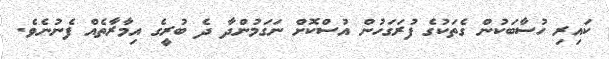
ކައިރި ހުސާބަކުން ގެތަކުގެ ފުރަގަހުން އުސްކޮށް ނަގަމުންދާ ދެ ބުރީގެ އިމާރާތެއް ފެނުނެވެ.